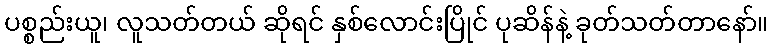
ပစ္စည်းယူ၊ လူသတ်တယ် ဆိုရင် နှစ်လောင်းပြိုင် ပုဆိန်နဲ့ ခုတ်သတ်တာနော်။